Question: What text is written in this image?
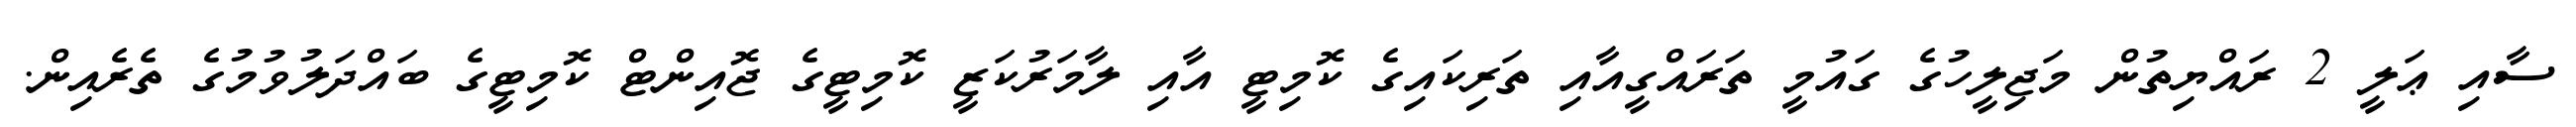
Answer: ސާއި ޢަލީ 2 ރައްޔިތުން މަޖިލީހުގެ ގައުމީ ތަރައްގީއާއި ތަރިކައިގެ ކޮމިޓީ އާއި ލާމަރުކަޒީ ކޮމިޓީގެ ޖޮއިންޓް ކޮމިޓީގެ ބައްދަލުވުމުގެ ތެރެއިން.